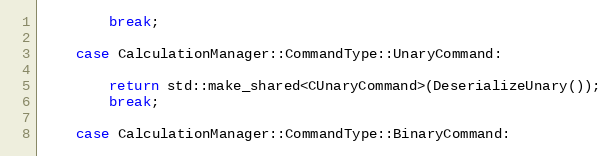
Language: C++
        break;

    case CalculationManager::CommandType::UnaryCommand:

        return std::make_shared<CUnaryCommand>(DeserializeUnary());
        break;

    case CalculationManager::CommandType::BinaryCommand: